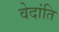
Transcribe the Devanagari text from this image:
वेदांति